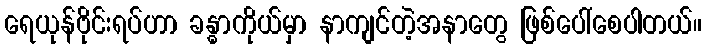
ရေယုန်ဗိုင်းရပ်ဟာ ခန္ဓာကိုယ်မှာ နာကျင်တဲ့အနာတွေ ဖြစ်ပေါ်စေပါတယ်။